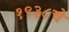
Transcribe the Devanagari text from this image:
१९३८चे